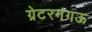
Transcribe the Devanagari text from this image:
ग्रेटरगंगऊ